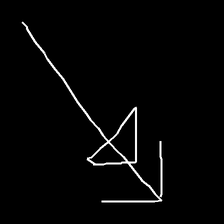
Glyph: pull